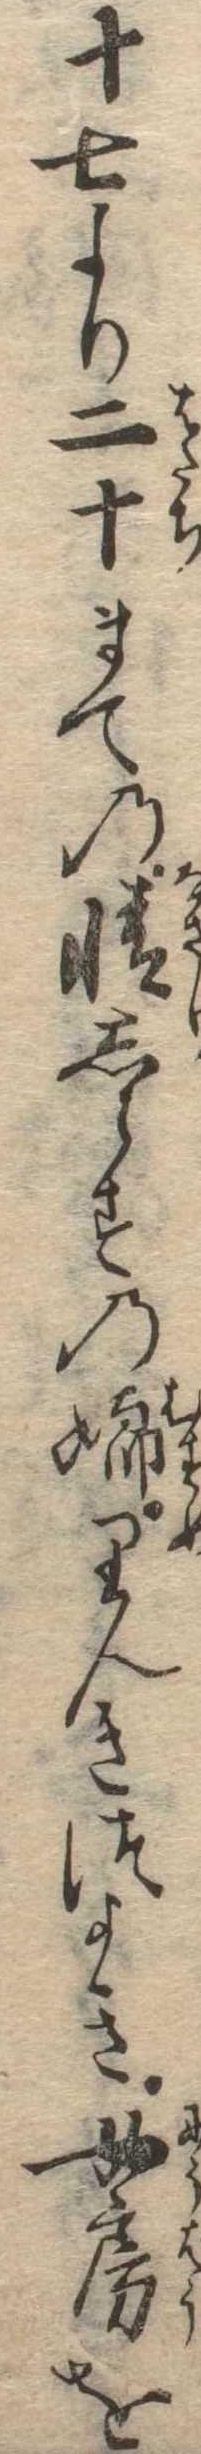
十七より二十まての情しらすの娘りんきつよき女房を